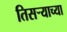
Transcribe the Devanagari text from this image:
तिसर्‍याच्या